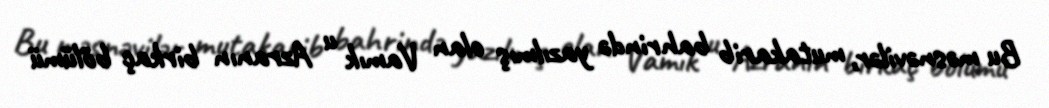
Bu məsnəvilər, mutakarib bahrində yazılmış olan Vamık u Azranın birkaç bölümü